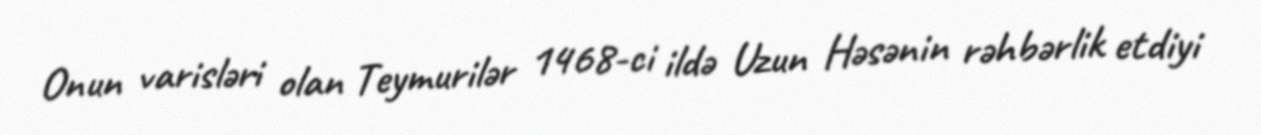
Onun varisləri olan Teymurilər 1468-ci ildə Uzun Həsənin rəhbərlik etdiyi